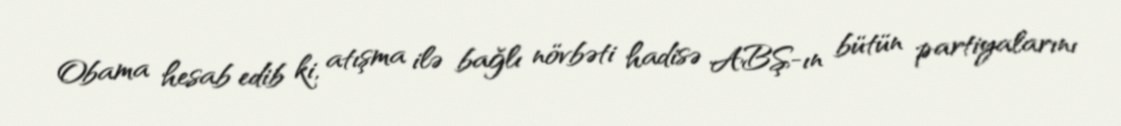
Obama hesab edib ki, atışma ilə bağlı növbəti hadisə ABŞ-ın bütün partiyalarını